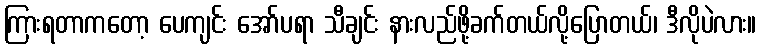
ကြားရတာကတော့ ပေကျင်း အော်ပရာ သီချင်း နားလည်ဖို့ခက်တယ်လို့ပြောတယ်၊ ဒီလိုပဲလား။